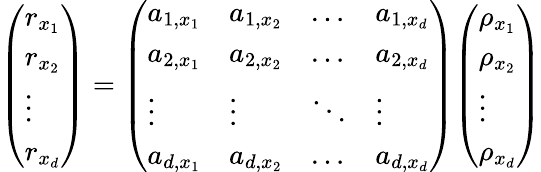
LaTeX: {\left(\begin{array}{l}{r_{x_{1}}}\\ {r_{x_{2}}}\\ {\vdots}\\ {r_{x_{d}}}\end{array}\right)}={\left(\begin{array}{llll}{a_{1,x_{1}}}&{a_{1,x_{2}}}&{\dots}&{a_{1,x_{d}}}\\ {a_{2,x_{1}}}&{a_{2,x_{2}}}&{\dots}&{a_{2,x_{d}}}\\ {\vdots}&{\vdots}&{\ddots}&{\vdots}\\ {a_{d,x_{1}}}&{a_{d,x_{2}}}&{\dots}&{a_{d,x_{d}}}\end{array}\right)}{\left(\begin{array}{l}{\rho_{x_{1}}}\\ {\rho_{x_{2}}}\\ {\vdots}\\ {\rho_{x_{d}}}\end{array}\right)}